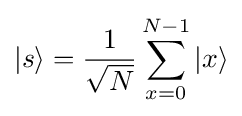
|s\rangle ={\frac {1}{\sqrt {N}}}\sum _{x=0}^{N-1}|x\rangle